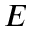
E